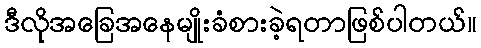
ဒီလိုအခြေအနေမျိုးခံစားခဲ့ရတာဖြစ်ပါတယ်။